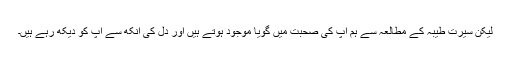
لیکن سیرت طیبہ کے مطالعہ سے ہم آپ کی صحبت میں گویا موجود ہوتے ہیں اور دل کی آنکھ سے آپ کو دیکھ رہے ہیں۔